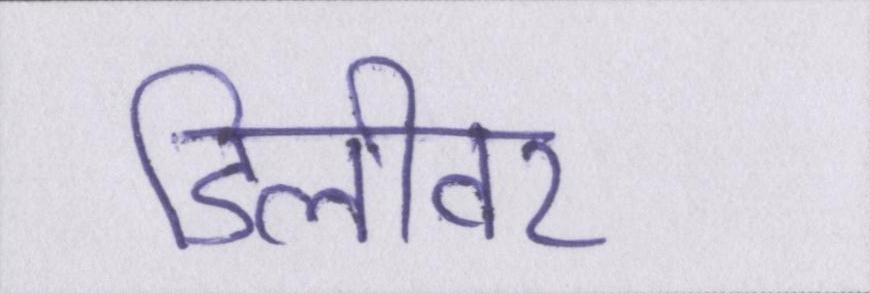
डिलीवर